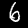
Digit: 6